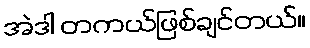
အဲဒါ တကယ်ဖြစ်ချင်တယ်။